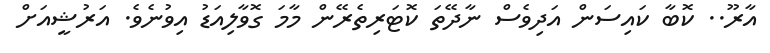
އާރޫ.. ކޮބާ ކައިސަން އަދިވެސް ނާދޭތަ ކޮޓަރިތެރޭން މާމަ ގޮވާލިއަޑު އިވުނެވެ. އަރުޝީއަށް